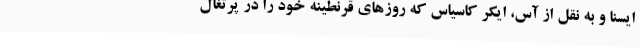
ایسنا و به نقل از آس، ایکر کاسیاس که روزهای قرنطینه خود را در پرتغال